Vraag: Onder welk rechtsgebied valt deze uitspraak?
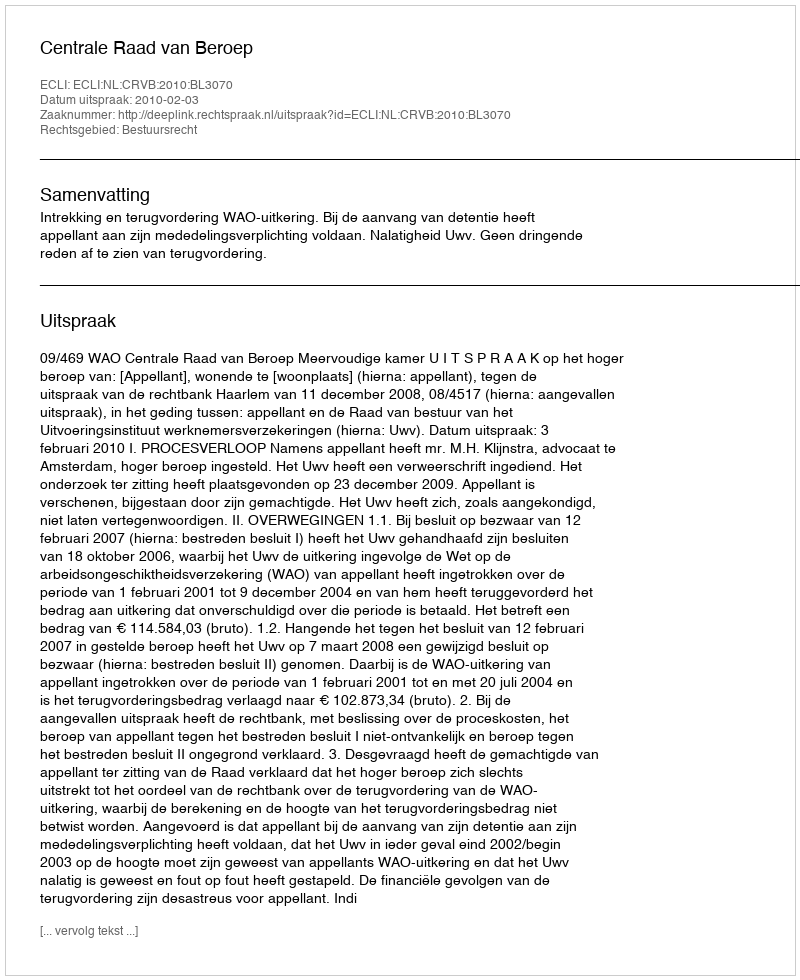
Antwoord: Bestuursrecht